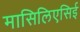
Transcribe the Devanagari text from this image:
मासिलिएसिई